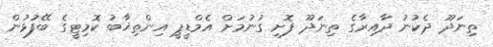
ތިނަދޫ ދެކުނު ދާއިރާގެ ތިނަދޫ ފޮށި ގުނުމަށް އެމްޑީޕީ އިންތިޚާބު ކޮމިޓީގެ ބޭފުޅުން